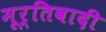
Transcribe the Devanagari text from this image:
मूर्तिवादी